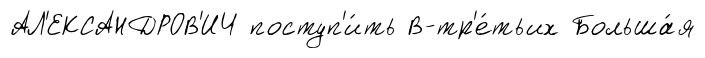
АЛ'ЕКСАНДРОВ'ИЧ поступ'и́ть В-тр'е́тьих Больша́я